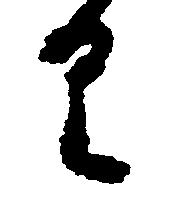
り